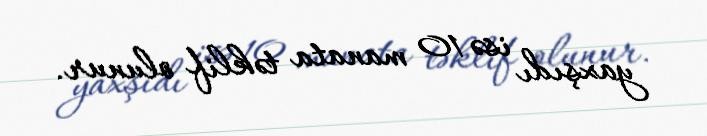
yaxşıdı isə 10 manata təklif olunur.